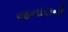
જનારાની